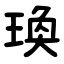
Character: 瑍